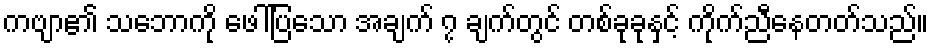
ကဗျာ၏ သဘောကို ဖေါ်ပြသော အချက် ၇ ချက်တွင် တစ်ခုခုနှင့် ကိုက်ညီနေတတ်သည်။